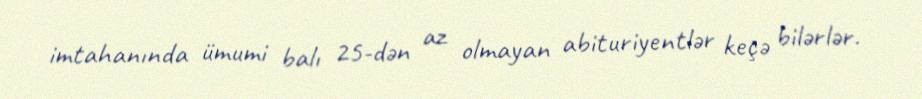
imtahanında ümumi balı 25-dən az olmayan abituriyentlər keçə bilərlər.